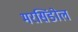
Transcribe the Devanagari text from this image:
मरसिंडोल